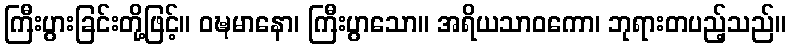
ကြီးပွားခြင်းတို့ဖြင့်။ ဝဍ္ဎမာနော၊ ကြီးပွာသော။ အရိယသာဝကော၊ ဘုရားတပည့်သည်။